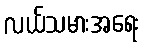
လယ်သမားအရေး